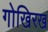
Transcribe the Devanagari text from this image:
गोखिरख